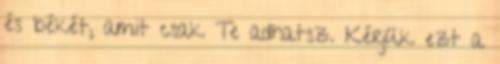
és békét, amit csak Te adhatsz. Kérjük ezt a